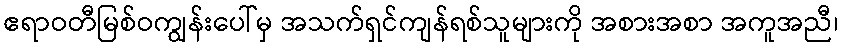
ဧရာဝတီမြစ်ဝကျွန်းပေါ်မှ အသက်ရှင်ကျန်ရစ်သူများကို အစားအစာ အကူအညီ၊